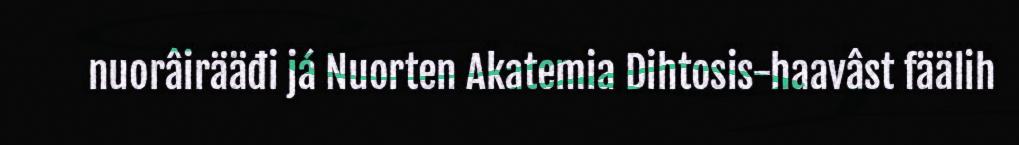
nuorâirääđi já Nuorten Akatemia Dihtosis-haavâst fäälih